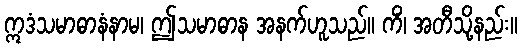
ဣဒံသမာဓာနံနာမ၊ ဤသမာဓာန အနက်ဟူသည်။ ကိံ၊ အတီသို့နည်း။